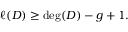
\ell ( D ) \geq \deg ( D ) - g + 1 .